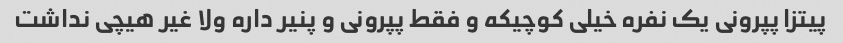
پیتزا پپرونی یک نفره خیلی کوچیکه و فقط پپرونی و پنیر داره ولا غیر هیچی نداشت